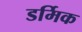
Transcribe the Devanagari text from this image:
डर्मिक